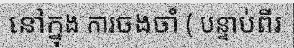
នៅក្នុង ការចងចាំ ( បន្ទាប់ពីរ